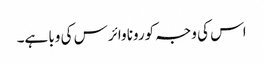
اس کی وجہ کورونا وائرس کی وبا ہے۔